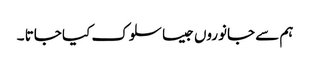
ہم سے جانوروں جیسا سلوک کیا جاتا ۔